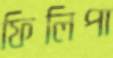
ফিলিপা